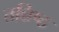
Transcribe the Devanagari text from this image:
तन्निष्ठ